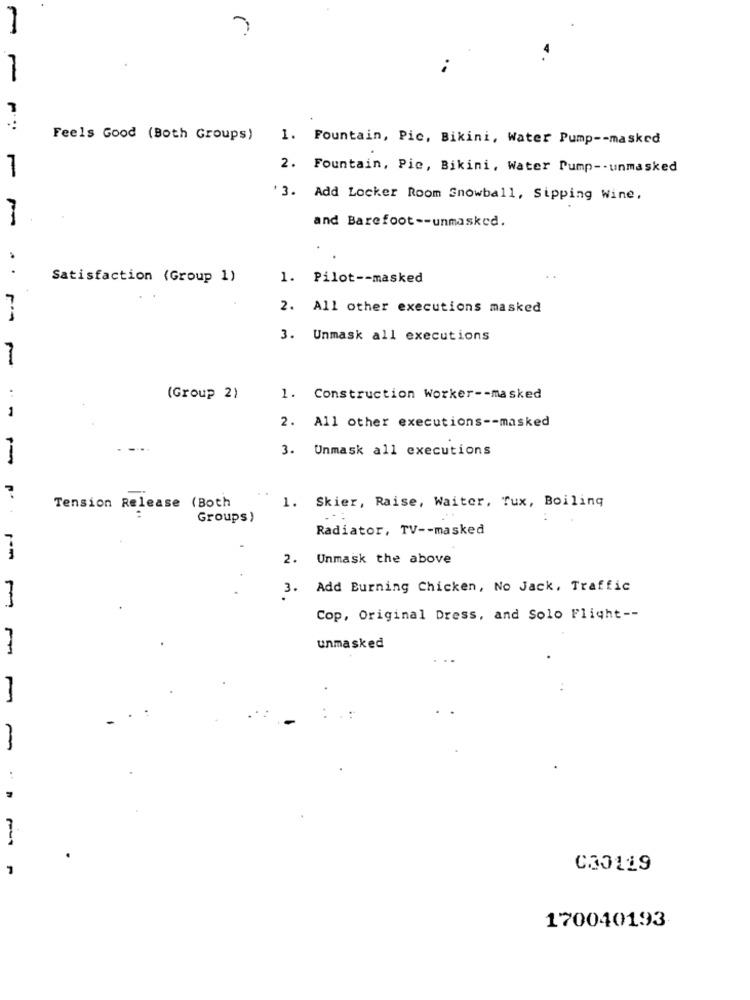
Feels Good (Both Groups)
1. Fountain, Pic, Bikini, Water Pump -- masked
2. Fountain, Pic, Bikini, Water Pump -- unmasked
-
'3. Add Locker Room Snowball, Sipping Wine,
and Barefoot -- unmasked.
...
Satisfaction (Group 1)
1. Pilot -- masked
2. All other executions masked
3. Unmask all executions
(Group 2)
1. Construction Worker -- masked
2. All other executions -- masked
3. Unmask all executions
1. Skier, Raise, Waiter, Tux, Boiling
Tension Release (Both
Groups)
Radiator, TV -- masked
2. Unmask the above
3. Add Burning Chicken, No Jack, Traffic
Cop, Original Dress, and Solo Flight --
unmasked
-
Fur
C30119
170040193